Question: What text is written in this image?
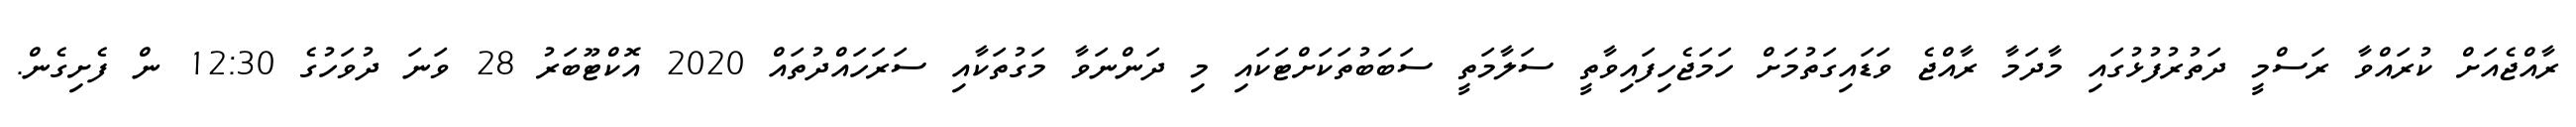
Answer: ރާއްޖެއަށް ކުރައްވާ ރަސްމީ ދަތުރުފުޅުގައި މާދަމާ ރާއްޖެ ވަޑައިގަތުމަށް ހަމަޖެހިފައިވާތީ ސަލާމަތީ ސަބަބުތަކަށްޓަކައި މި ދަންނަވާ މަގުތަކާއި ސަރަހައްދުތައް 2020 އޮކްޓޫބަރު 28 ވަނަ ދުވަހުގެ 12:30 ން ފެށިގެން.